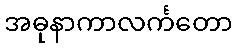
အဓုနာကာလင်္ကတော